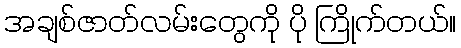
အချစ်ဇာတ်လမ်းတွေကို ပို ကြိုက်တယ်။